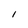
Character: l